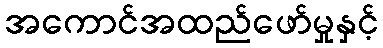
အကောင်အထည်ဖော်မှုနှင့်